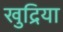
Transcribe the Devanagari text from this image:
खुद्रिया